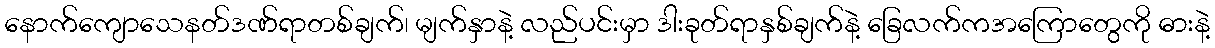
နောက်ကျောသေနတ်ဒဏ်ရာတစ်ချက်၊ မျက်နှာနဲ့ လည်ပင်းမှာ ဒါးခုတ်ရာနှစ်ချက်နဲ့ ခြေလက်ကအကြောတွေကို ဓားနဲ့